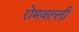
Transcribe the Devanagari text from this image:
रोमवल्ली